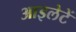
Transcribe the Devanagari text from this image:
आइलेटें